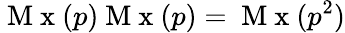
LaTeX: \mathrm{~M~x~}(p)\mathrm{~M~x~}(p)=\mathrm{~M~x~}(p^{2})